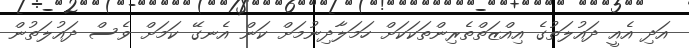
އަދި އެއީ ދައުލަތުގެ އިއްޒަތްތެރިންތަކަކަށް ހަމަލާދިނުމަށް ކަން އެނގޭ ކަމަށް ވެސް ދައުލަތުން